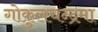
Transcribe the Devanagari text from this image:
गोकुलचन्द्रमा